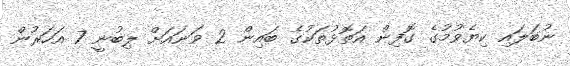
ނުބަލައި ކިޔެވުމުގެ ގޮފިން އަތޮޅުތަކުގެ ބައިން 2 ވަނައަށް ލިބުނީ 7 އަހަރުން